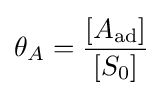
\theta _{A}={\frac {[A_{\text{ad}}]}{[S_{0}]}}